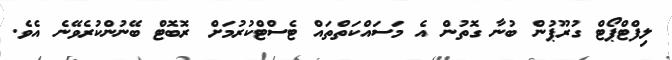
ލިފްޓްޕޯޓް ގުރޫޕުން ބުނާ ގޮތުން އެ މަސައްކަތްތައް ޓެސްޓްކުރުމަށް ރޮބޮޓް ބޭނުންކުރެވޭނެ އެވެ.